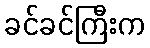
ခင်ခင်ကြီးက